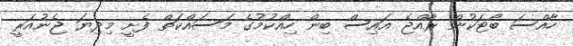
ހާއްސަ ބޯޓަކުން ރާއްޖެ އައިސް ބިން ހިއްކުމުގެ މަސައްކަތް ފެށީ މިދިޔަ ޖެނުއަރީ